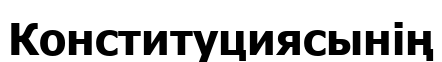
Конституциясынің